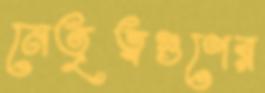
নেতৃত্বগুণের